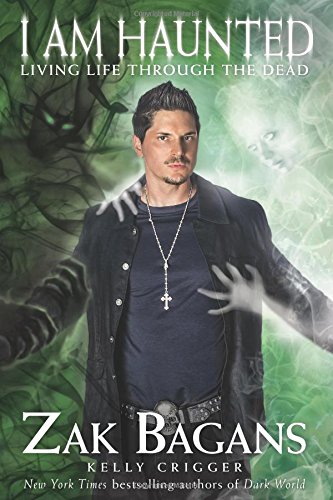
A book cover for I am Haunted: Living Life Through the Dead; Zak Bagans; Humor & Entertainment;